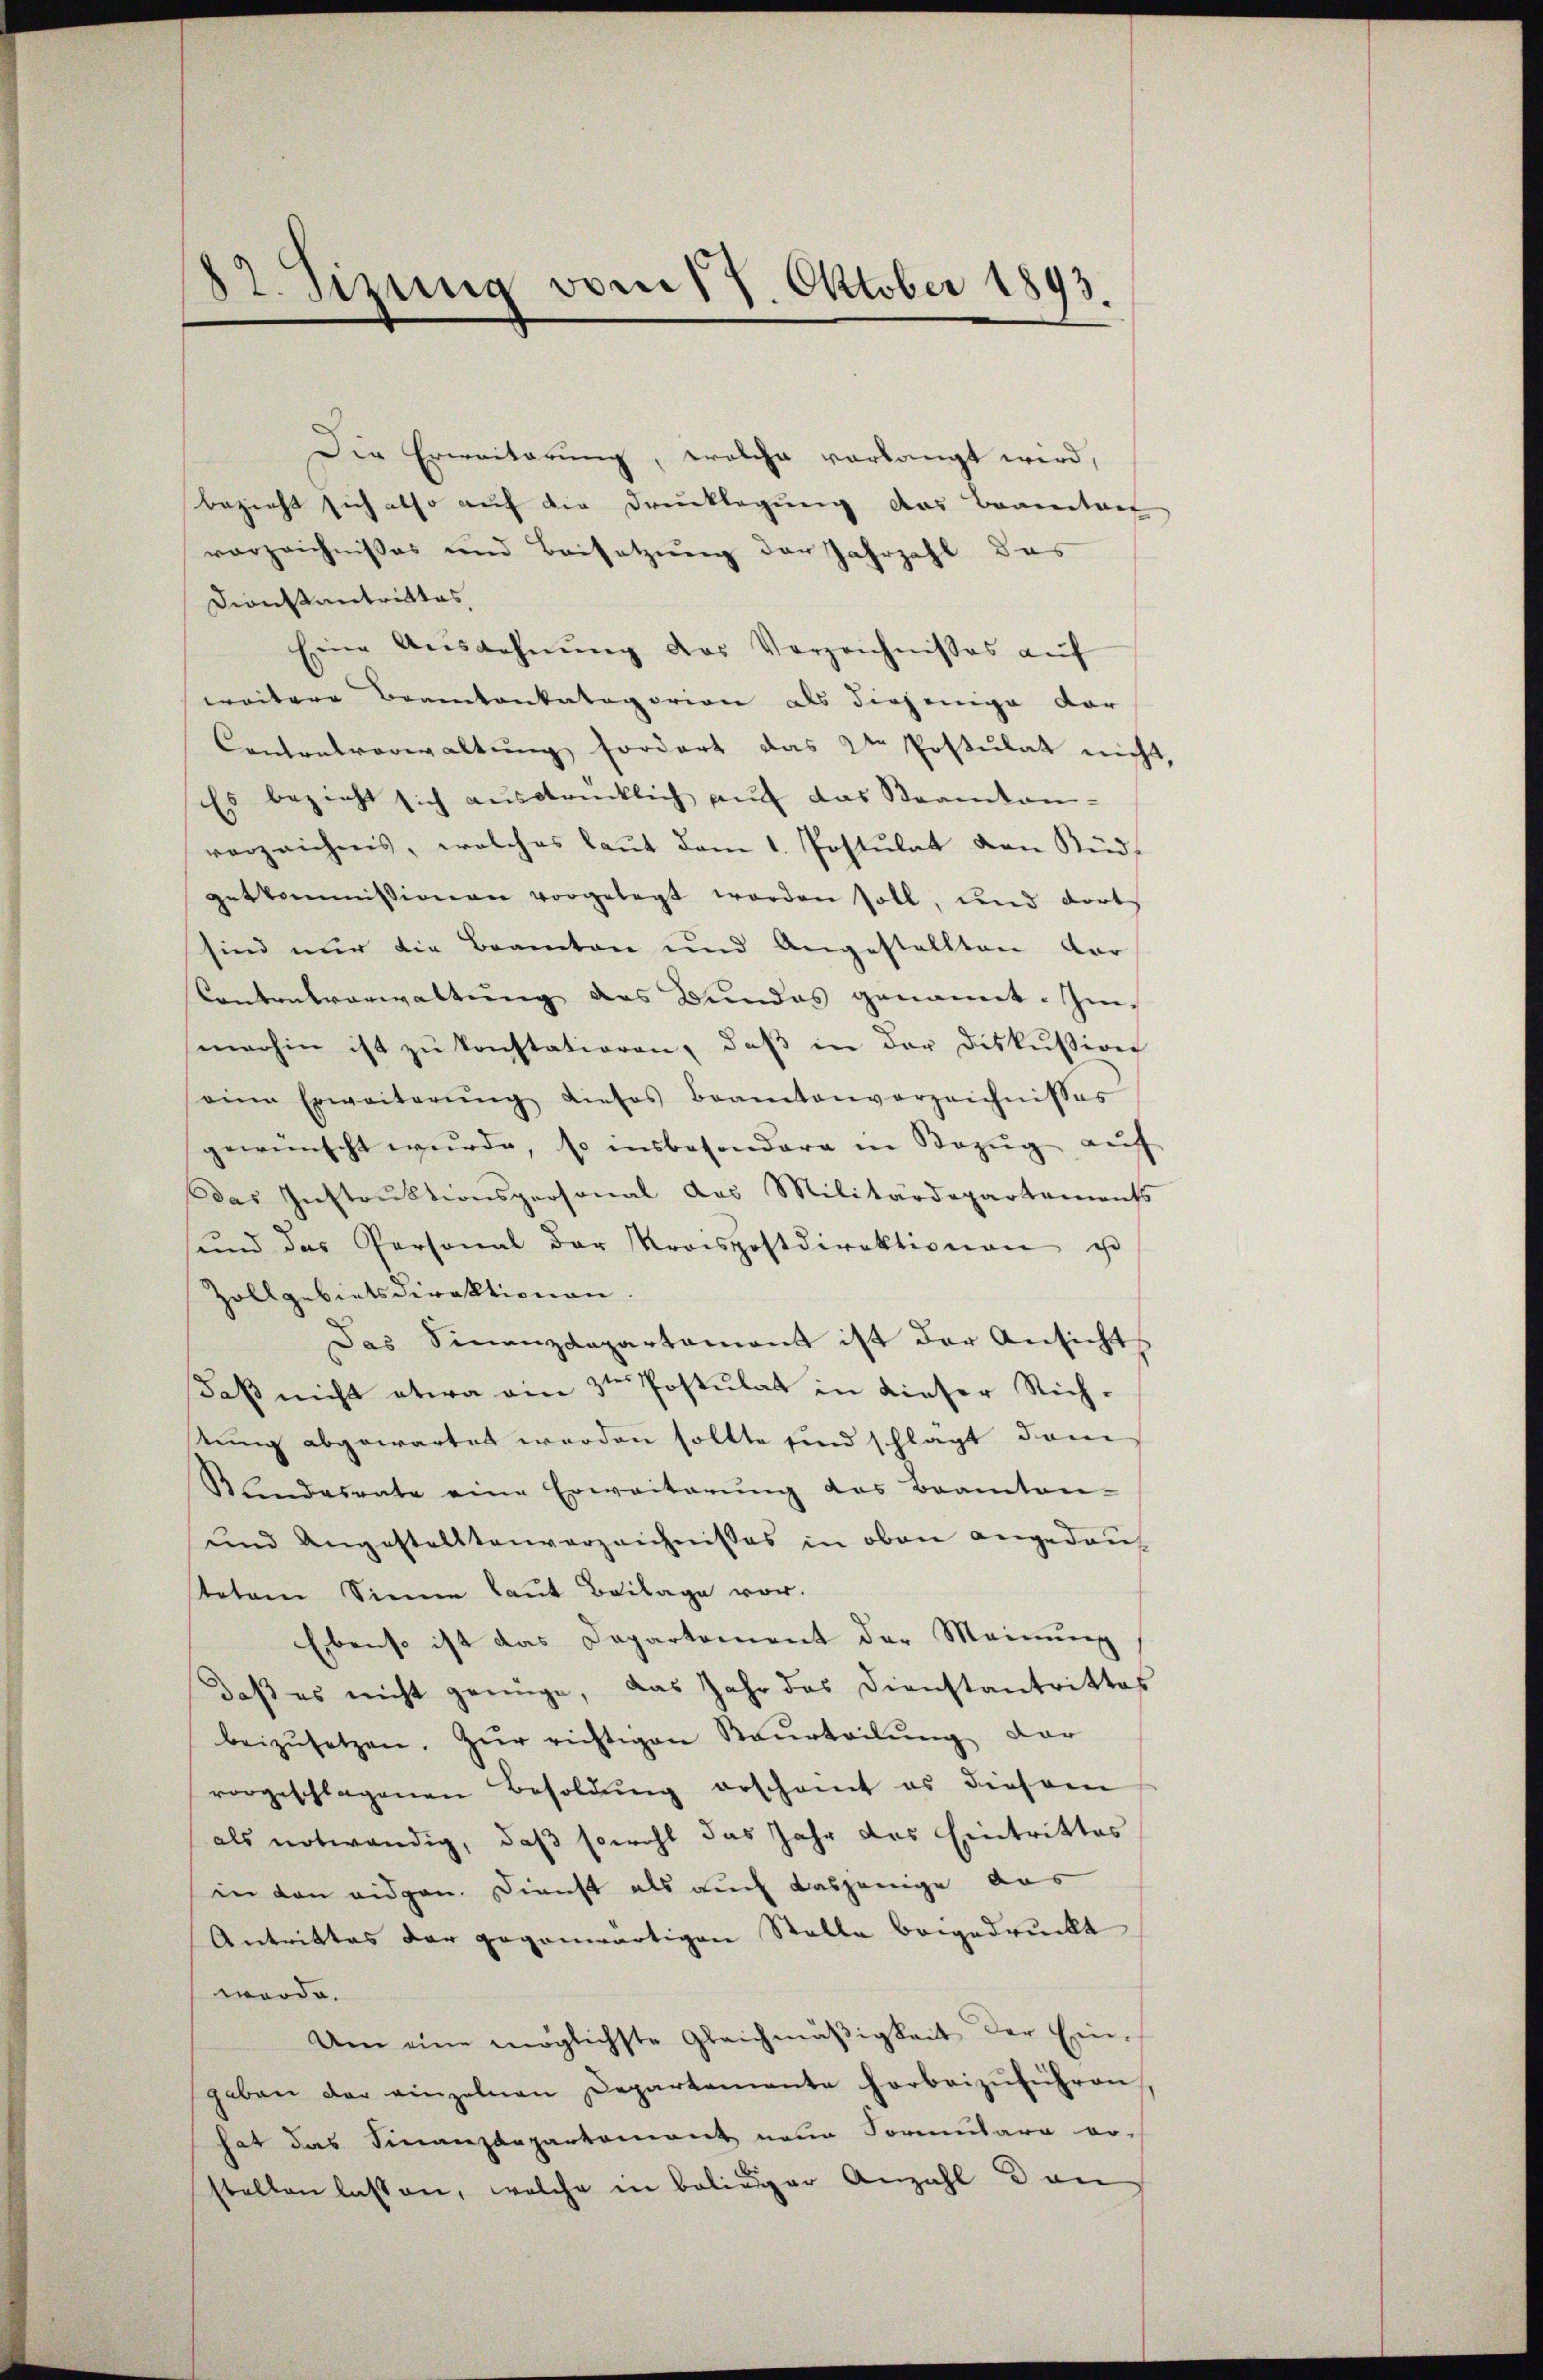
12. Sizung vom 17. Oktober 1893.

Die Erweiterung, welche vorlangt wird,
bezieht sich also auf die Drucklegung des Baarentars
vorzeichnißes und Beisatzung der Jahrzahl das
Dionsantrittes,
Eine Aŭszahnŭng des Verzeichnisses auf
weitere Beamtenkatagorien als diejenige dor
Contralverwaltung fordert das 2te Postulat nicht,
Es bezieht sich ausdrücklich auf das Saamtan-
verzeichnis, welches laut dem 1. Postulat von Süds
getkommissionen vorgelegt worden soll, und dort
sind nur die Beamten und Angestellten dar
Contralverwaltŭng des Bundes genannt. Immerhin ist zu konstatioren, daß in der Diskussion
seine Erweiterŭng dieses Beamtenverzeichnisses
gewünscht wurde, so insbesondere in Bezŭg aŭf
das Instruktionspersonal das Militärdepartements
sŭnd das Personal der Kraispostdirektionen u
Zollgebietsdirektionen.
Das Finanzdepartament ist der Ansichts
Daß nicht etwa am 3ten Postulat in dieser Richstung abgewartet werden sollte sind schlägt dan
Blandesrate eine Erweiterŭng das Beamten-
und Angestelltenverzeichnisses in oben angedau
Kotem Sinne laut Beilage vor.
Ebenso ist das Departement der Meinung
daß es nicht genüge, das Jahr das Dienstantrittes
beizŭsetzen. Zŭr richtigen Beurteilŭng der
vorgeschlagenen Besoldung erscheint es diesem
als notwendig, daß sowohl das Jahr das Eintrittes
in den eidgen. Dienst als auch dasjenige das
Antrittes der gegenwärtigen Stelle beigedruckt
werde.
Um eine möglichste Gleichmäβigkeit der Ein-
geben der einzelnen Departemente herbeizŭführen,
hat das Finanzdepartement neue Formulare vo-
stellen lassen, welche in Balinger Anzahl dan